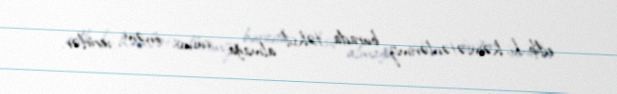
edib ki, həmvətənlərimiz burada təhsil almağa xüsusi önəm verirlər.